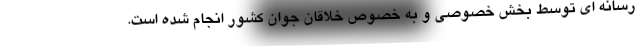
رسانه ای توسط بخش خصوصی و به خصوص خلاقان جوان کشور انجام شده است.